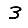
Digit: 3